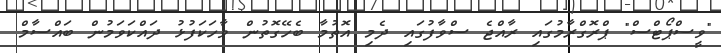
"ވީސްޕޯޓްސް" ޕްރޮގްރާމުގައި ރާއްޖެ ސްވާފުގައި ދެމި އޮތުމާ ބެހޭގޮތުން ވާހަކަފުޅު ދައްކަވަމުން ބައްސާމް